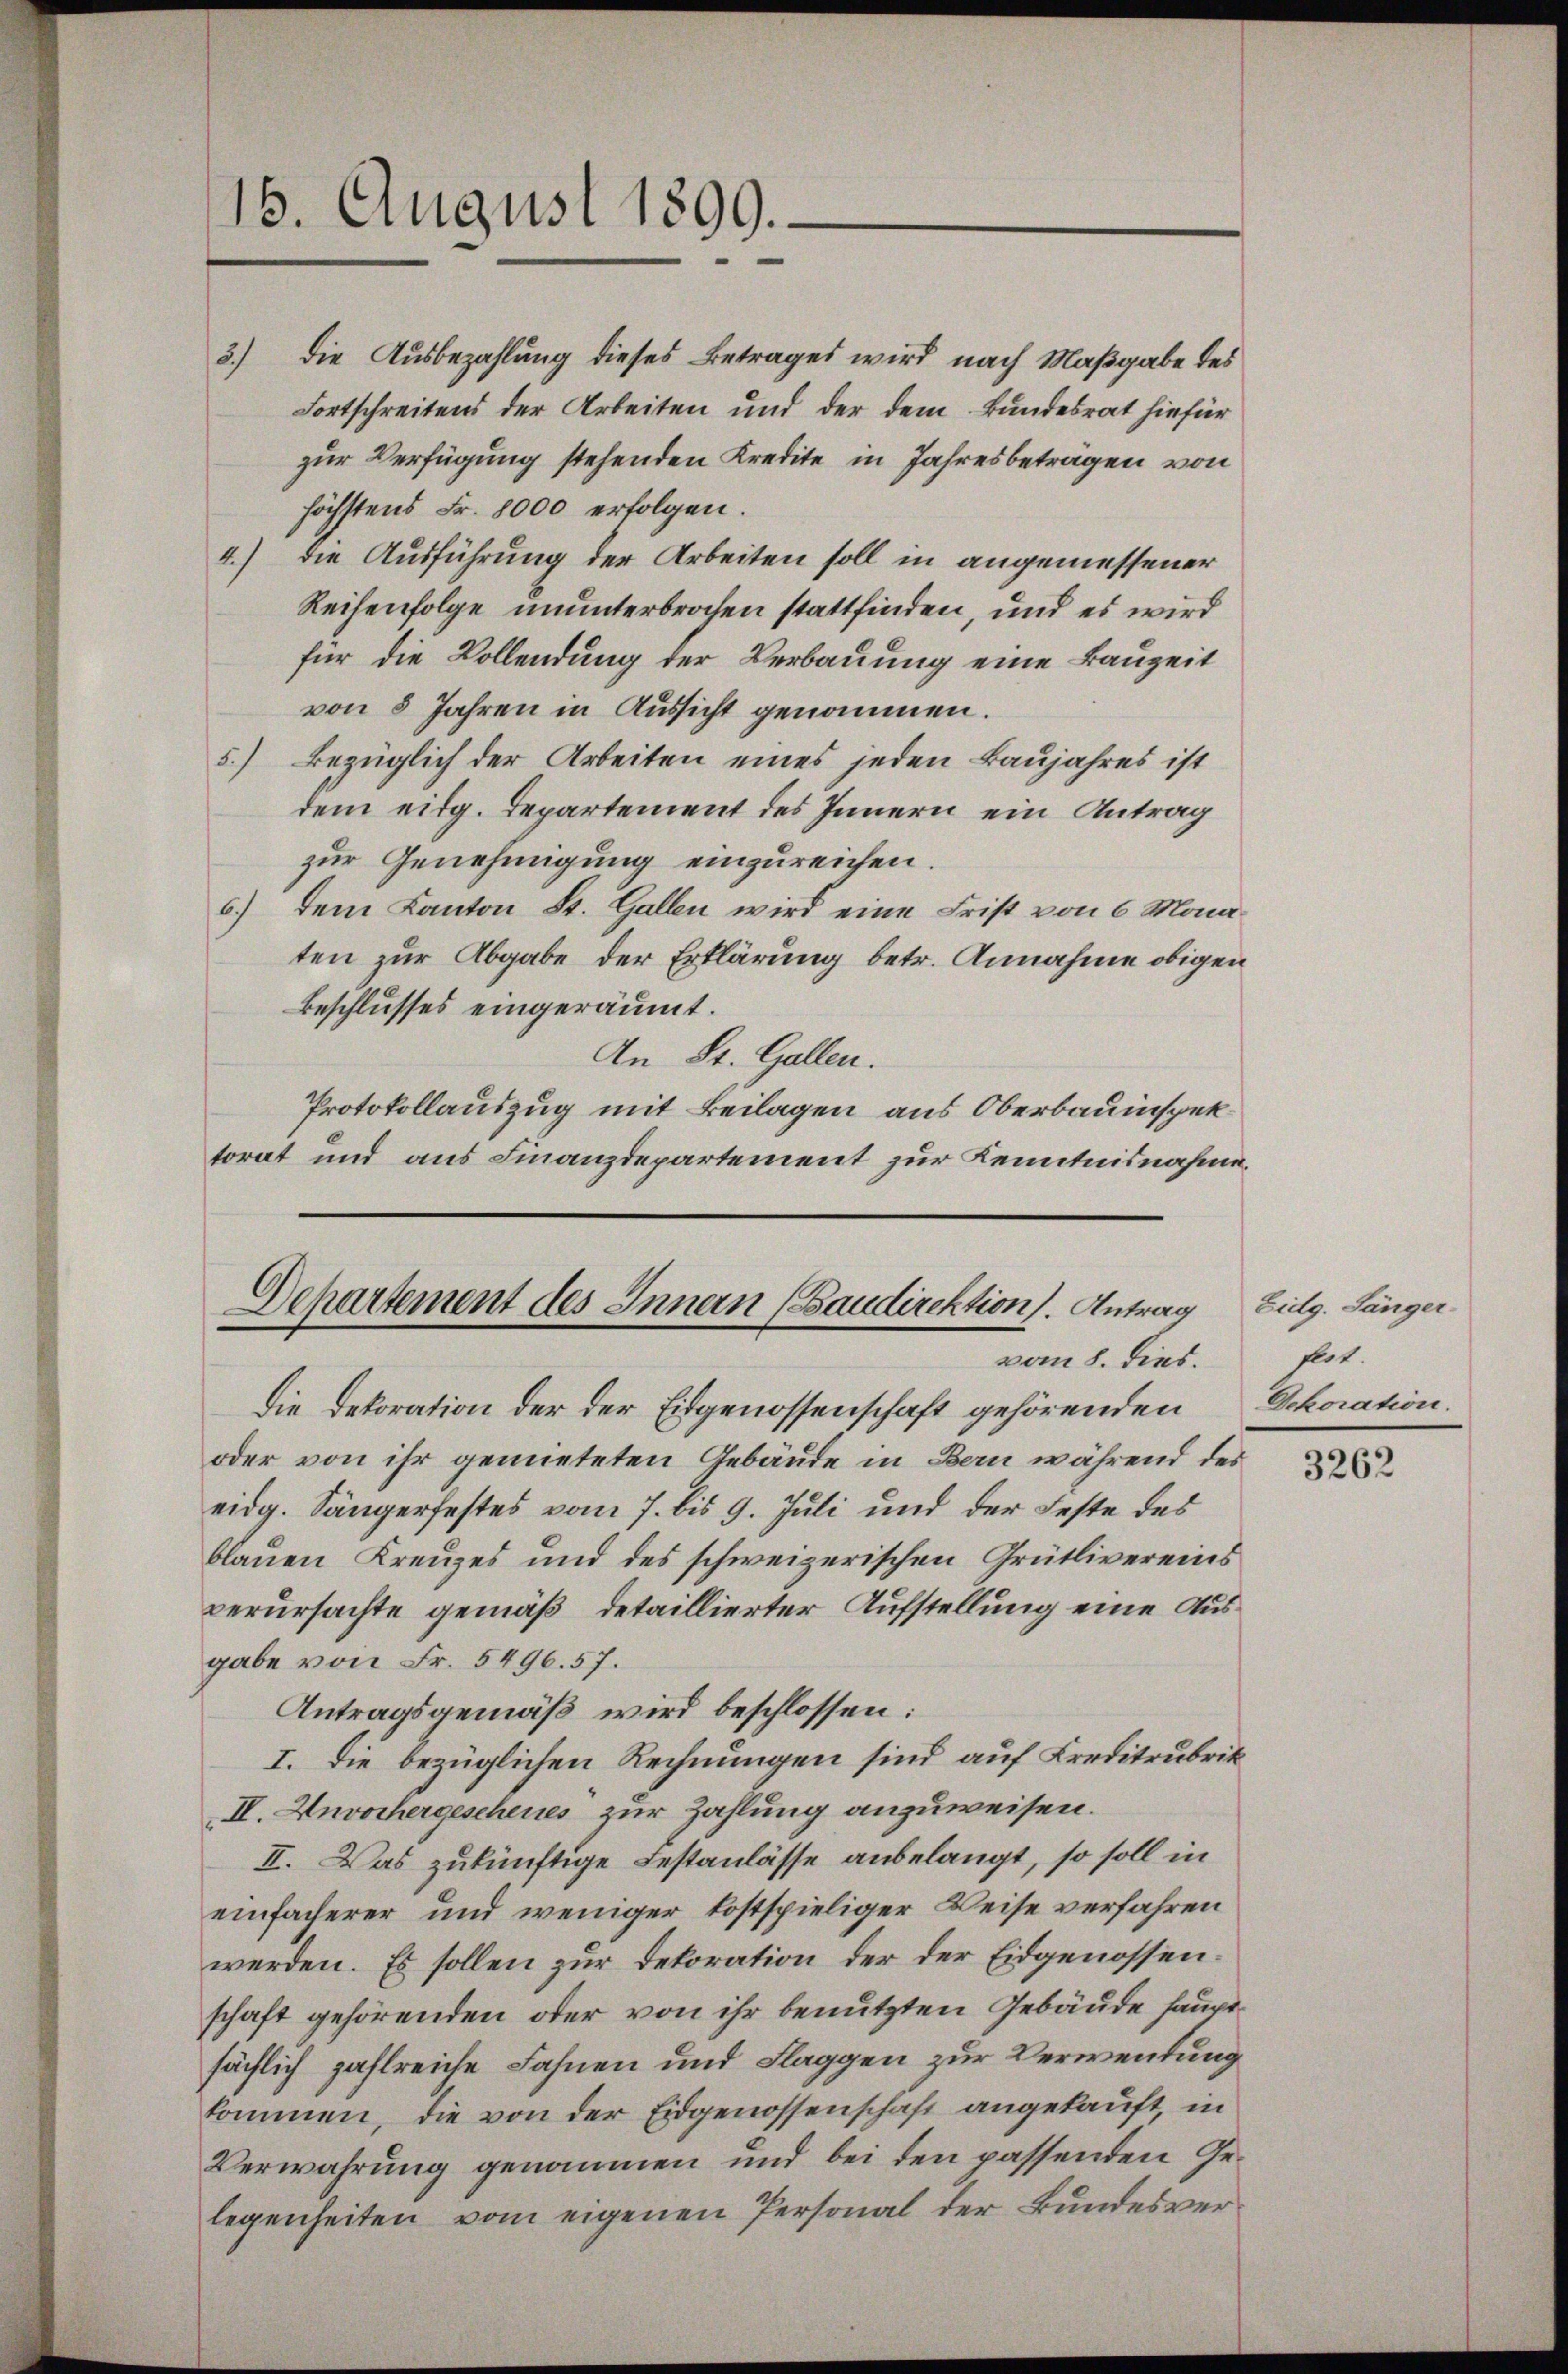
16. August 1899.

zur Verfügung stehenden Kredite in Jahresbetragen von
höchstens Fr. 8000 erfolgen.
4.) die Ausführung der Arbeiten soll in angemessener
Reihenfolge ununterbrochen stattfinden, und es wird
für die Vollendung der Verbauung eine Bauzeit
von 8 Jahren in Aussicht genommen.
5.) Bezüglich der Arbeiten eines jeden Baujahres ist
dem eidg. Departement des Innern ein Antrag
zur Genehmigung einzureichen.
6.) Dem Kanton St. Gallen wird eine Frist von 6 Monaten zur Abgabe der Erklärung betr. Annahme obigen
Beschlusses eingeräumt.
An St. Gallen.
Protokollauszug mit Beilagen aus Oberbauinspektorat und aus Finanzdepartement zur Kenntnisnahme.

Departement des Innern (Saudirektion. Antrag
vom 8. dies.

die Dekoration der der Eidgenossenschaft gehörenden
oder von ihr gemieteten Gebäude in Bern während des
eidg. Sängerfestes vom 7. bis 9. Juli und der Feste des
blauen Kreuzes und des schweizerischen Grütlivereins
verursachte gemäß, detaillierter Aufstellung eine Ausgabe von Fr. 5496. 57.
Antragsgemäß wird beschlossen:
I. Die bezüglichen Rechnungen sind auf Kreditrubrik
II. Unvorhergescheines zur Zahlung anzuweisen.
II. Das zukünftige Festanlässe anbelangt, so soll in
einfacherer und weniger kostspieliger Weise verfahren
werden. Es sollen zur Dekoration der der Eidgenossenschaft gehörenden oder von ihr benutzten Gebäude hauptsächlich zahlreiche Fahnen und Flaggen zur Verwendung
kommen, die von der Eidgenossenschaft angekauft, in
Verwahrung genommen und bei den passenden Gelegenheiten vom eigenen Personal der Bundesver¬

3.) Die Ausbezahlung dieses Betrages wird nach Maßgabe des
Fortschreitens der Arbeiten und der dem Bundesrat hiefür

Eidg. Sänger
flot
Dekoration.

3262